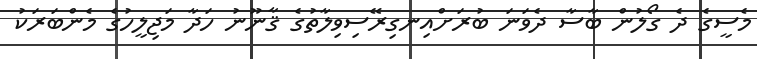
މެސީގެ ދެ ގޯލުން ބާސާ ދެވަނަ ބުރަށްއިނގިރޭސިވިލާތުގެ ޤާނޫނު ހަދާ މަޖިލީހުގެ މެންބަރަކު